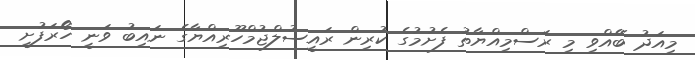
މިއަދު ބޭއްވި މި ރަސްމިއްޔާތު ފެށުމުގެ ކުރިން ރައީސުލްޖުމްހޫރިއްޔާގެ ނައިބު ވަނީ ހޯރަފުށީ